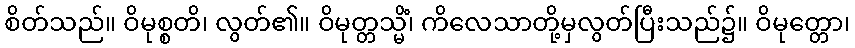
စိတ်သည်။ ဝိမုစ္စတိ၊ လွတ်၏။ ဝိမုတ္တသ္မိံ၊ ကိလေသာတို့မှလွတ်ပြီးသည်၌။ ဝိမုတ္တော၊